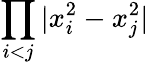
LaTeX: \displaystyle{\prod_{i<j}|x_{i}^{2}-x_{j}^{2}|}